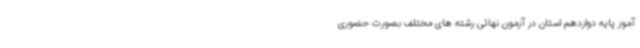
آموز پایه دوازدهم استان در آزمون نهائی رشته های مختلف بصورت حضوری